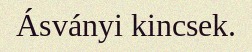
Ásványi kincsek.